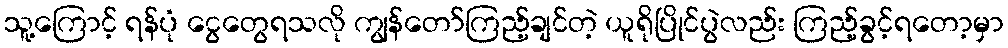
သူ့ကြောင့် ရန်ပုံ ငွေတွေရသလို ကျွန်တော်ကြည့်ချင်တဲ့ ယူရိုပြိုင်ပွဲလည်း ကြည့်ခွင့်ရတော့မှာ